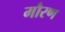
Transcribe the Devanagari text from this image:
मौरण